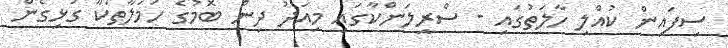
ސިފައިން ކުއްލި ހާލަތުގައި - ސްރީލަންކާގައި މިއަދު ދިން ބޮމުގެ ހަމަލާތަކާ ގުޅިގެން